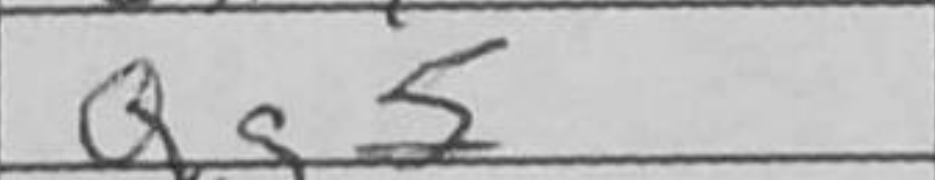
Transcription: Qg5